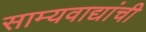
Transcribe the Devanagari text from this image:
साम्यवाद्यांची